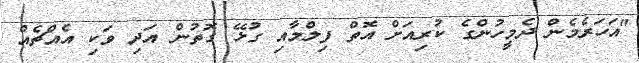
"އަހަރެމެން ދެމީހުންގެ ކުރިއަށް އޮތް ފިލްމާއި ގުޅޭ ގޮތުން އަދި ވަކި އެއްޗެއް